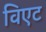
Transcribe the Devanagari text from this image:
विएट